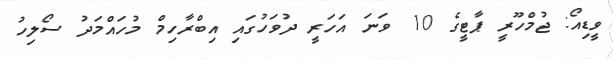
ވީޑިއޯ: ޖުމްހޫރީ ޕާޓީގެ 10 ވަނަ އަހަރީ ދުވަހުގައި އިބްރާހިމް މުހައްމަދު ސޯލިހު